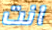
انت